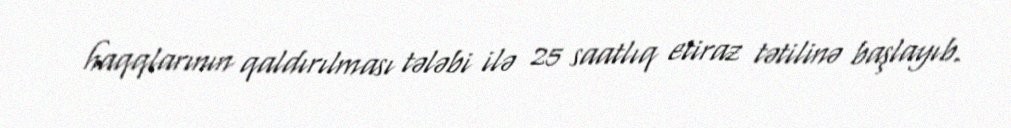
haqqlarının qaldırılması tələbi ilə 25 saatlıq etiraz tətilinə başlayıb.